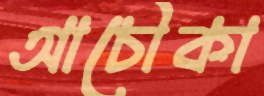
আচৌকা